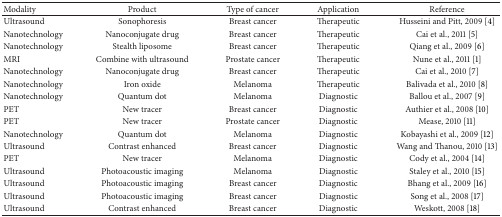
| Modality | Product | Type of cancer | Application | Reference |
 | --- | --- | --- | --- | --- |
 | Ultrasound | Sonophoresis | Breast cancer | Therapeutic | Husseini and Pitt, 2009 [4] |
 | Nanotechnology | Nanoconjugate drug | Breast cancer | Therapeutic | Cai et al., 2011 [5] |
 | Nanotechnology | Stealth liposome | Breast cancer | Therapeutic | Qiang et al., 2009 [6] |
 | MRI | Combine with ultrasound | Prostate cancer | Therapeutic | Nune et al., 2011 [1] |
 | Nanotechnology | Nanoconjugate drug | Breast cancer | Therapeutic | Cai et al., 2010 [7] |
 | Nanotechnology | Iron oxide | Melanoma | Therapeutic | Balivada et al., 2010 [8] |
 | Nanotechnology | Quantum dot | Melanoma | Diagnostic | Ballou et al., 2007 [9] |
 | PET | New tracer | Breast cancer | Diagnostic | Authier et al., 2008 [10] |
 | PET | New tracer | Prostate cancer | Diagnostic | Mease, 2010 [11] |
 | Nanotechnology | Quantum dot | Melanoma | Diagnostic | Kobayashi et al., 2009 [12] |
 | Ultrasound | Contrast enhanced | Breast cancer | Diagnostic | Wang and Thanou, 2010 [13] |
 | PET | New tracer | Melanoma | Diagnostic | Cody et al., 2004 [14] |
 | Ultrasound | Photoacoustic imaging | Melanoma | Diagnostic | Staley et al., 2010 [15] |
 | Ultrasound | Photoacoustic imaging | Breast cancer | Diagnostic | Bhang et al., 2009 [16] |
 | Ultrasound | Photoacoustic imaging | Breast cancer | Diagnostic | Song et al., 2008 [17] |
 | Ultrasound | Contrast enhanced | Breast cancer | Diagnostic | Weskott, 2008 [18] |